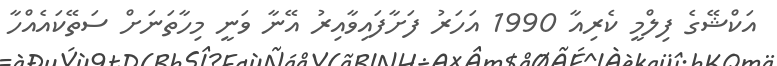
އަކްޝޭގެ ފިލްމީ ކެރިއާ 1990 އަހަރު ފަށާފައިވާއިރު އޭނާ ވަނީ މިހާތަނަށް ސަތޭކައެއްހާ